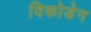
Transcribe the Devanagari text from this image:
विकोडेन